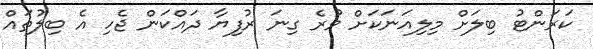
ކަރަންޓު ބިލަށް މިލިއަނަކަށް ވުރެ ގިނަ ރުފިޔާ ދައްކަން ޖެހި އެ ބިލުތައް